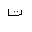
Letter: _ta